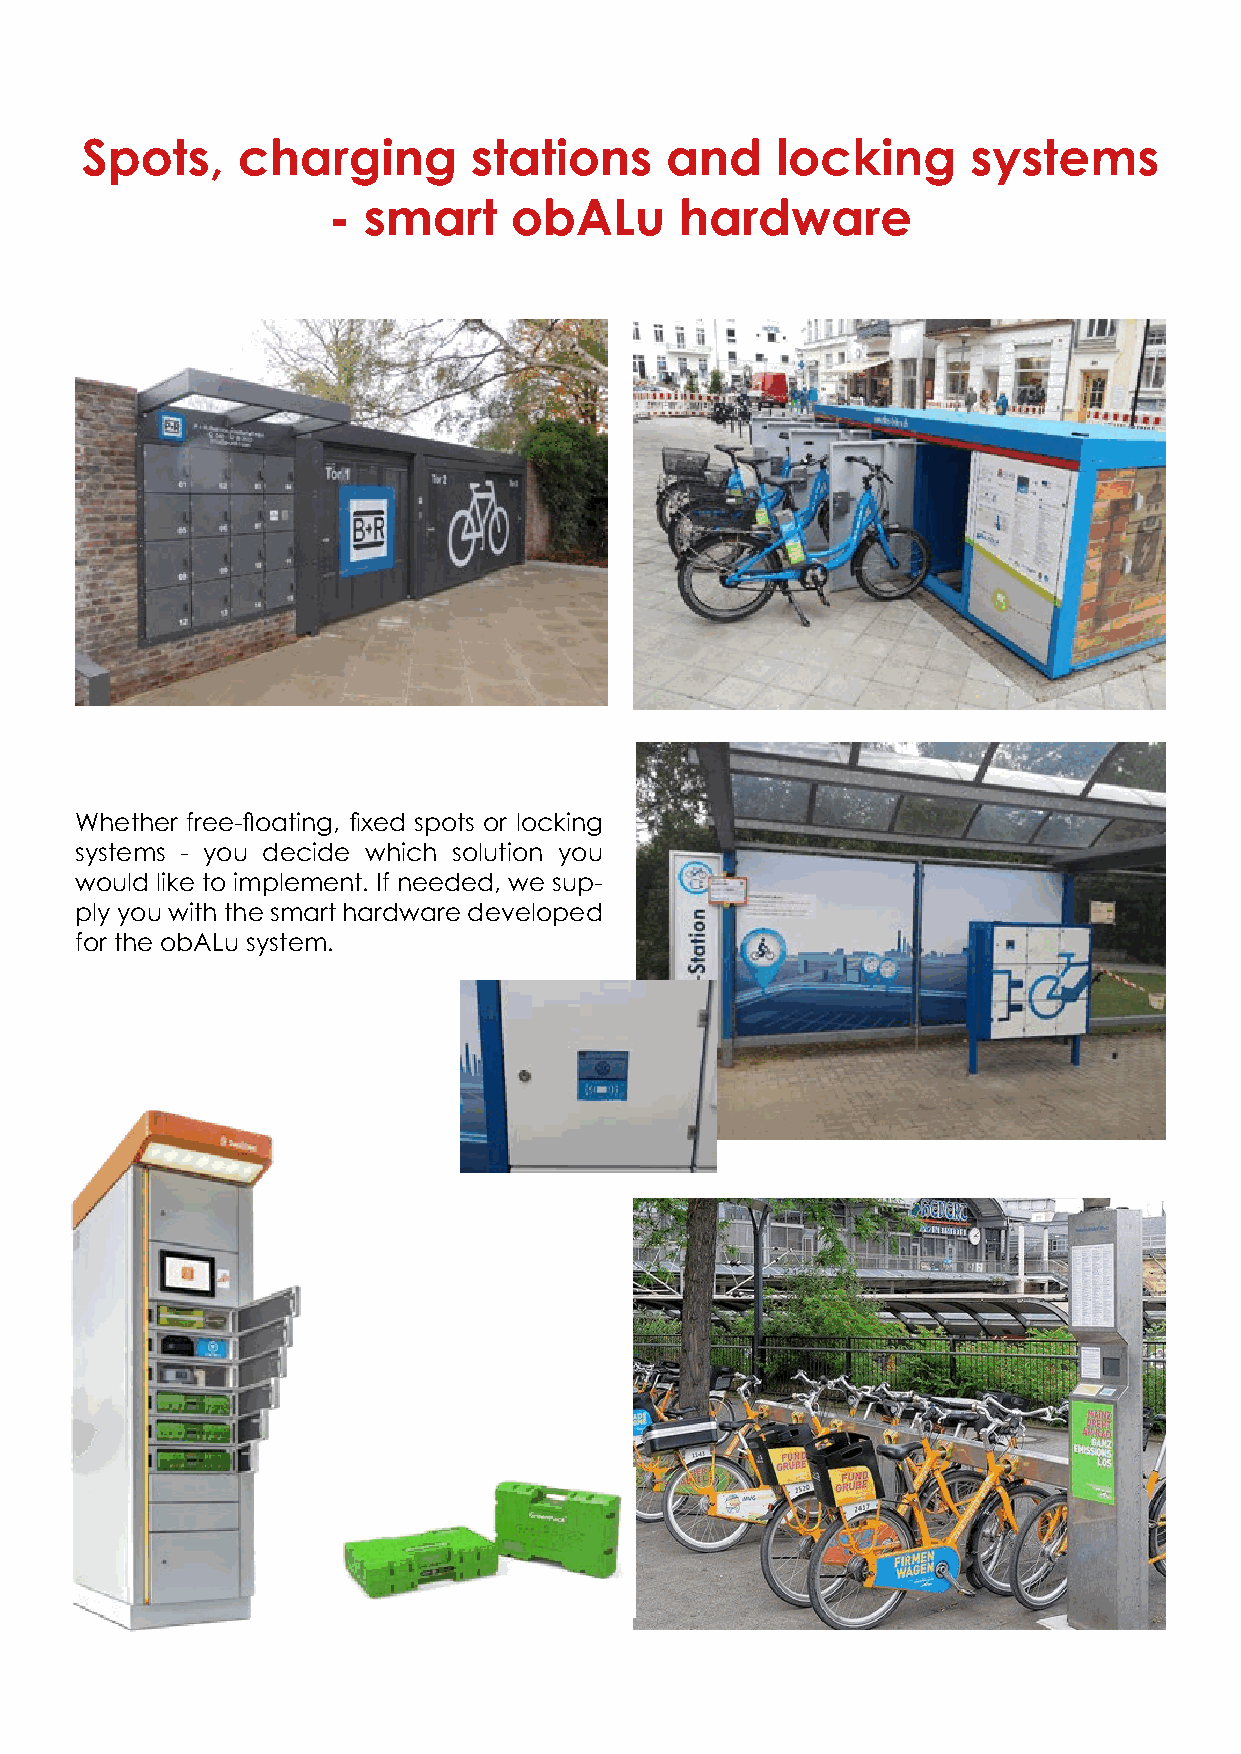
Spots,     charging       stations     and    locking      systems
 - smart     obALu      hardware
 Whether free-floating, fixed spots or locking
 systems - you decide which solution you
 would like to implement. If needed, we sup-
 ply you with the smart hardware developed
 for the obALu system.